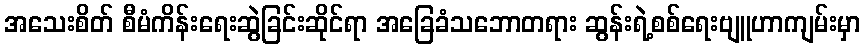
အသေးစိတ် စီမံကိန်းရေးဆွဲခြင်းဆိုင်ရာ အခြေခံသဘောတရား ဆွန်းရဲ့စစ်ရေးဗျူဟာကျမ်းမှာ